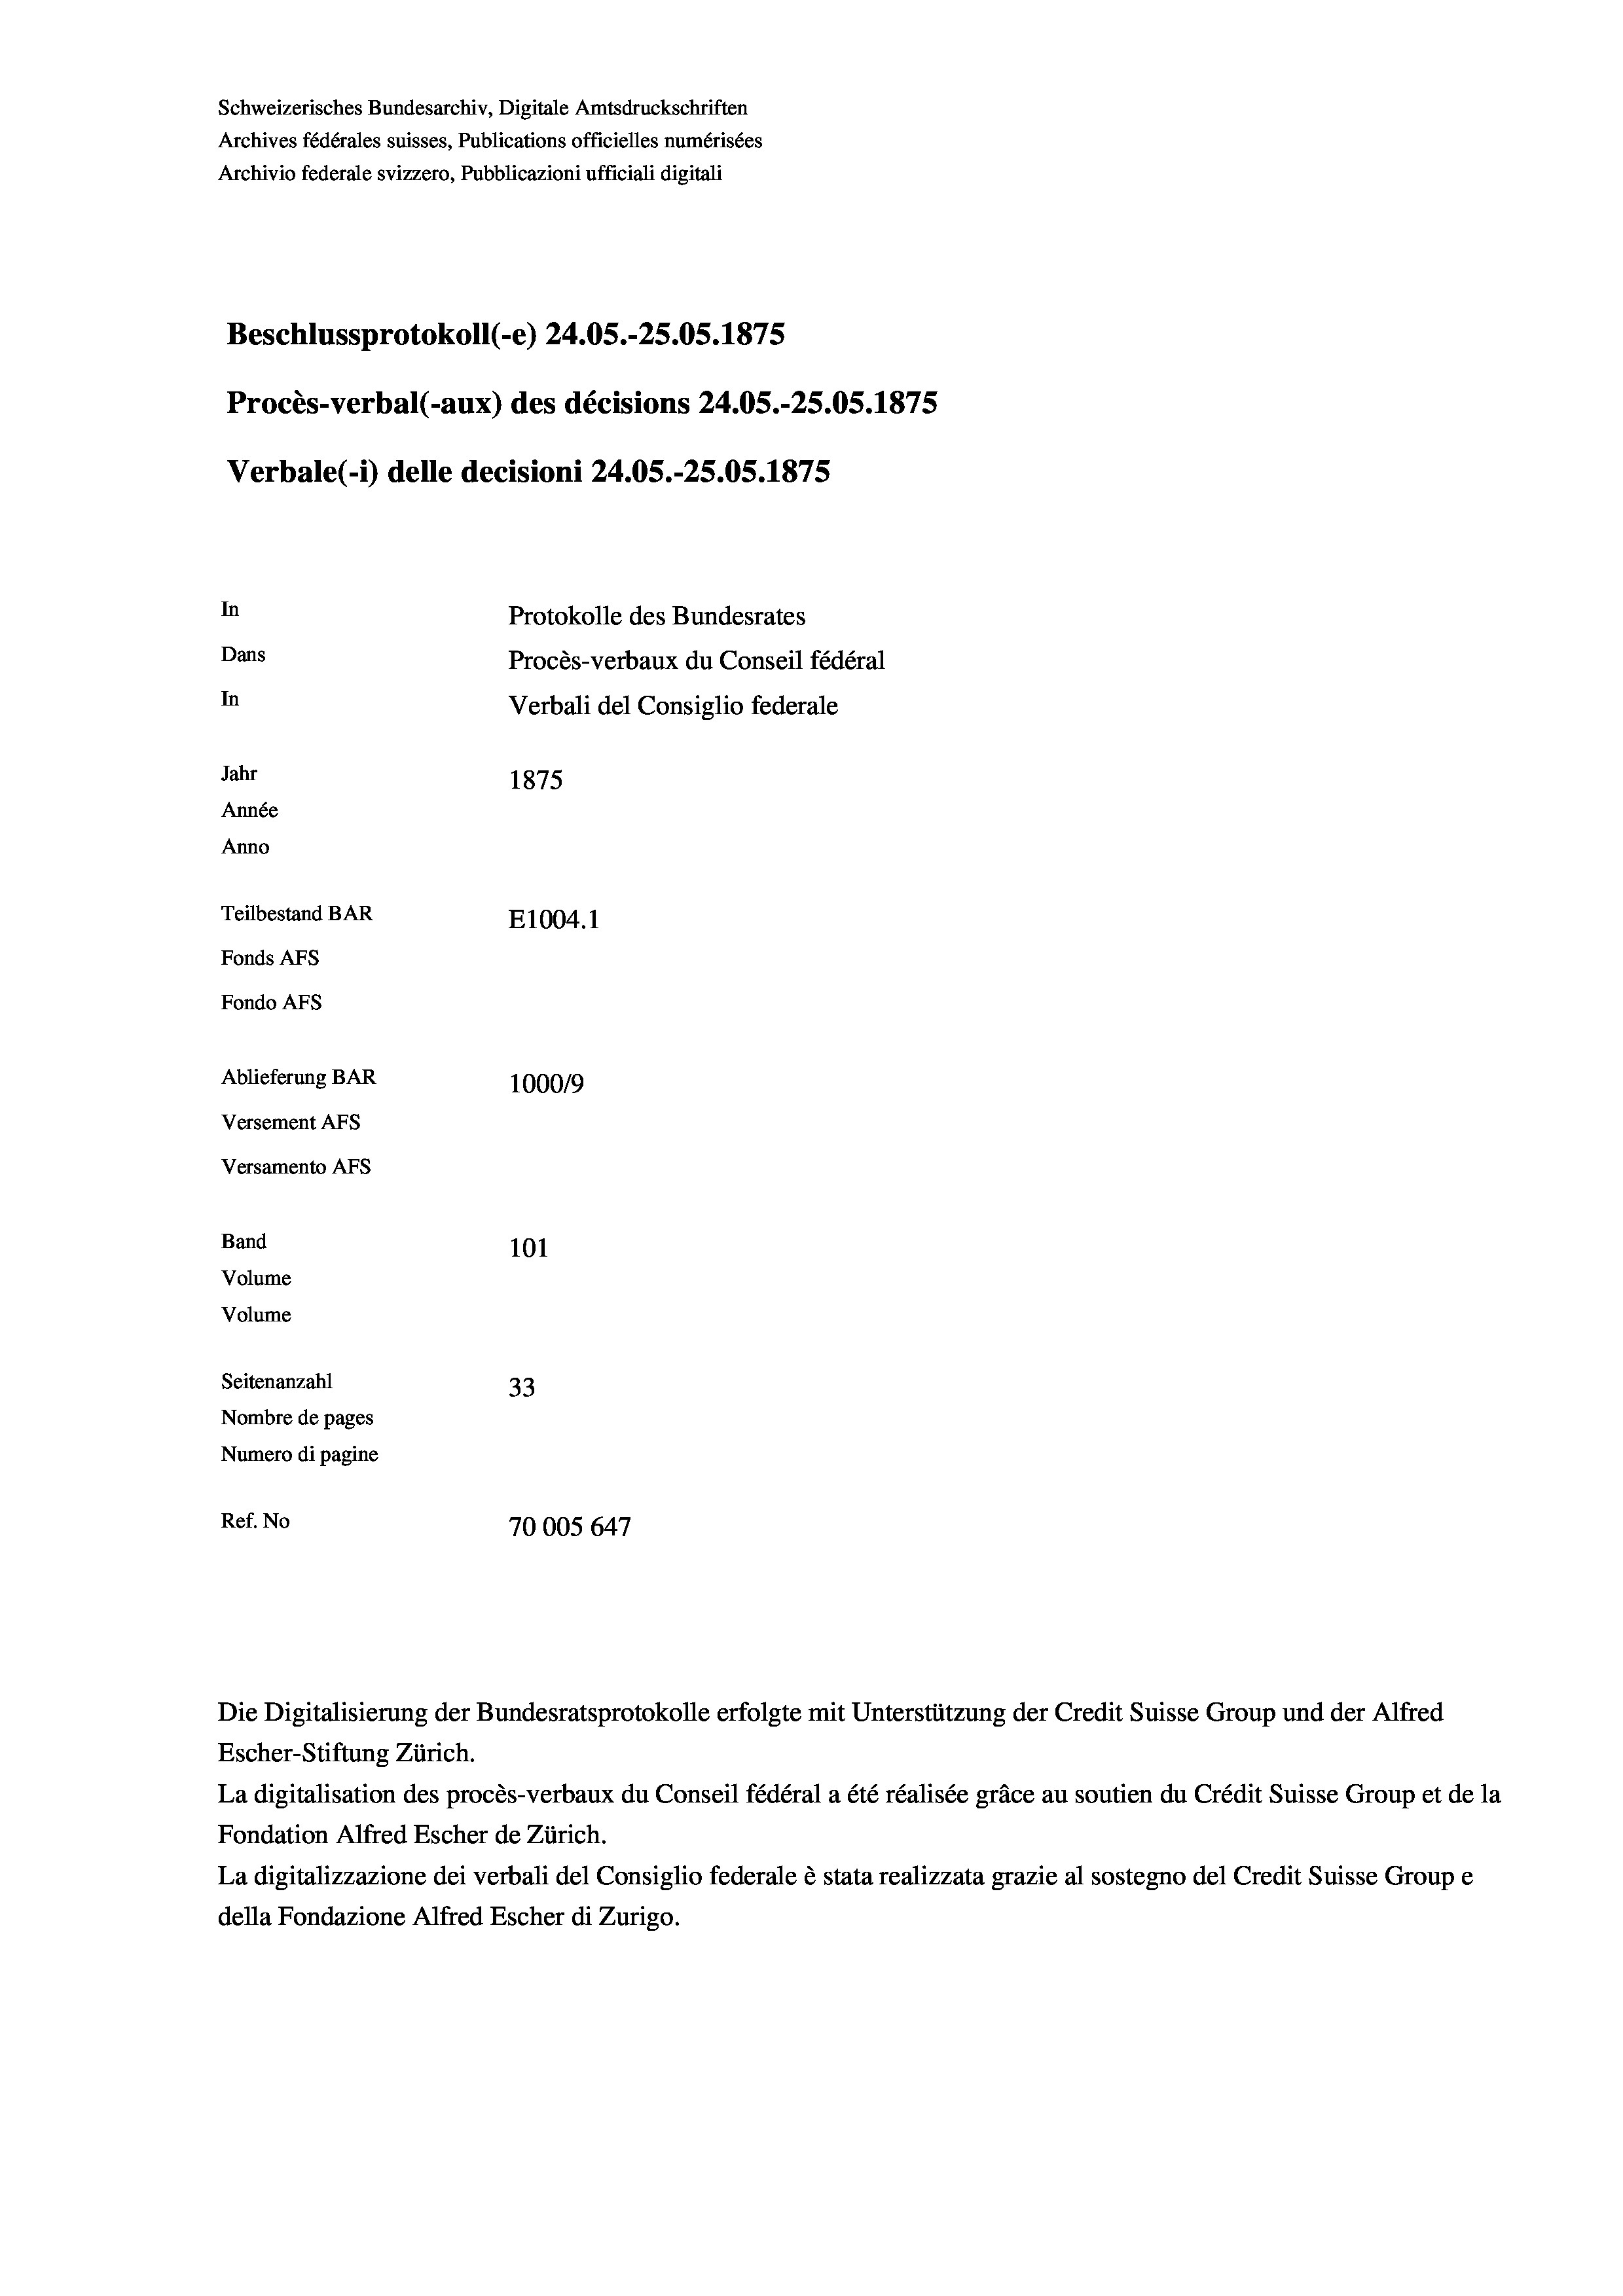
Schweizerisches Bundesarchiv, Digitale Amtsdruckschriften
Archives fédérales suisses, Publications officielles numérisées
Archivio federale svizzero, Pubblicazioni ufficiali digitali
Beschlussprotokoll (-e) 24.05.-25.05. 1875
Procès-verbal (-aux) des décisions 24.05.-25.05. 1875
Verbale (- 1) delle decisioni 24.05.-25.05. 1875
In
Protokolle des Bundesrates
Dans
Procès-verbaux du Conseil fédéral
In
Verbali del Consiglio federale
Jahr
1875
Année
Anno
Teilbestand BAR
E1004.1
Fonds AFs
Fondo Afs
Ablieferung BAR
100019
Versement AFs
Versamento Afs
Band
101
Volume
Volume
Seitenanzahl
33
Nombre de pages
Numero di pagine
Ref. No
70005 647

Escher-Stiftung Zürich.
La digitalisation des procès-verbaux du Conseil fédéral a été réalisée gräce au soutien du Crédit Suisse Group et de la
Fondation Alfred Escher de Zürich.
La digitalizzazione dei verbali del Consiglio federale è stata realizzata grazie al sostegno del Credit Suisse Groupe
della Fondazione Alfred Escher di Zurigo.

Die Digitalisierung der Bundesratsprotokolle erfolgte mit Unterstützung der Credit Suisse Group und der Alfred